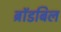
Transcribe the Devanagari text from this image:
ब्रॉडबिल